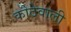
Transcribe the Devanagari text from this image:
कोठेवाली